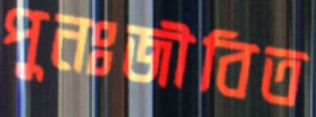
পুনঃজীবিত